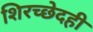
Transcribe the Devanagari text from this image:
शिरच्छेदही